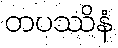
တပဿိနံ